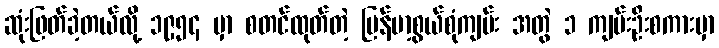
ဆုံးဖြတ်ခဲ့တယ်လို့ ၁၉၅၄ မှာ စတင်ထုတ်တဲ့ မြန်မာ့စွယ်စုံကျမ်း အတွဲ ၁ ကျမ်းဦးစကားမှာ